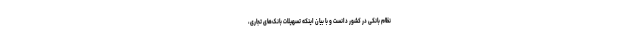
نظام بانکی در کشور دانست و با بیان اینکه تسهیلات بانک‌های تجاری،